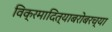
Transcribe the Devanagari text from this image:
विक्रमादित्याबरोबरच्या